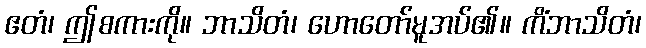
ဧတံ၊ ဤစကားကို။ ဘာသိတံ၊ ဟောတော်မူအပ်၏။ ကိံဘာသိတံ၊